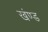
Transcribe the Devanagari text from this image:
खंण्ड